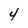
Character: 4